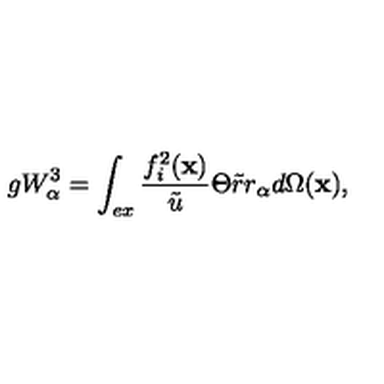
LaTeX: g W _ { \alpha } ^ { 3 } = \int _ { e x } \frac { f _ { i } ^ { 2 } ( \mathbf { x } ) } { \tilde { u } } \Theta \tilde { r } r _ { \alpha } d \Omega ( \mathbf { x } ) ,